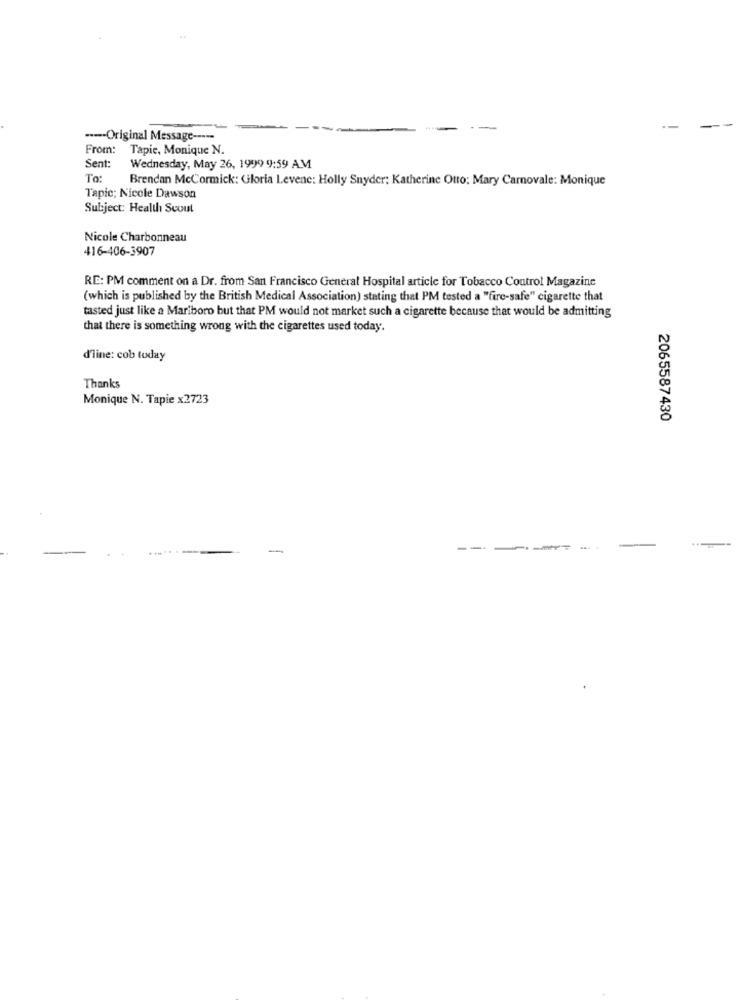
---- Original Message -----
From:
Tapie, Monique N.
Sent:
Wednesday, May 26, 1999 9:59 AM
To:
Brendan McCormick: Gloria Levene: Holly Snyder; Katherine Otto: Mary Carnovale: Monique
Tapic: Nicole Dawson
Subject: Health Scout
Nicole Charbonneau
416-406-3907
RE: PM comment on a Dr. from San Francisco General Hospital article for Tobacco Control Magazine
(which is published by the British Medical Association) stating that PM tested a "fire-safe" cigarette that
tasted just like a Mariboro but that PM would not market such a cigarette because that would be admitting
that there is something wrong with the cigarettes used today.
d'line: cob today
Thanks
Monique N. Tapie x2723
2065587430
------.